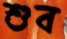
শুব